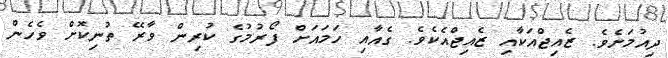
ދިއުމަށެވެ. ޒެއިޖްއަކާއި ޒެއިޖްއެކެވެ. ގެއާއި ހަމައަށް ފޯރުމުގެ ކުރިން ވާރޭ ތުނިކޮށް ވެހެން